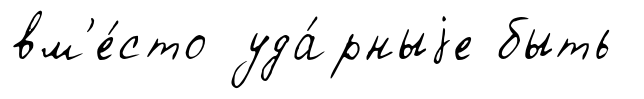
вм'е́сто уда́рныjе быть